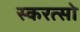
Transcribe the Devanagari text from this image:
स्करत्सो